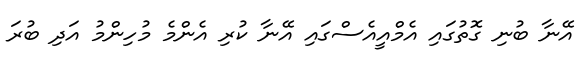
އޭނާ ބުނި ގޮތުގައި އެމްއީއެސްގައި އޭނާ ކުރި އެންމެ މުހިންމު އަދި ބުރަ